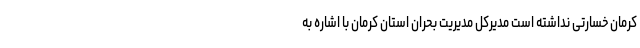
کرمان خسارتی نداشته است مدیرکل مدیریت بحران استان کرمان با اشاره به